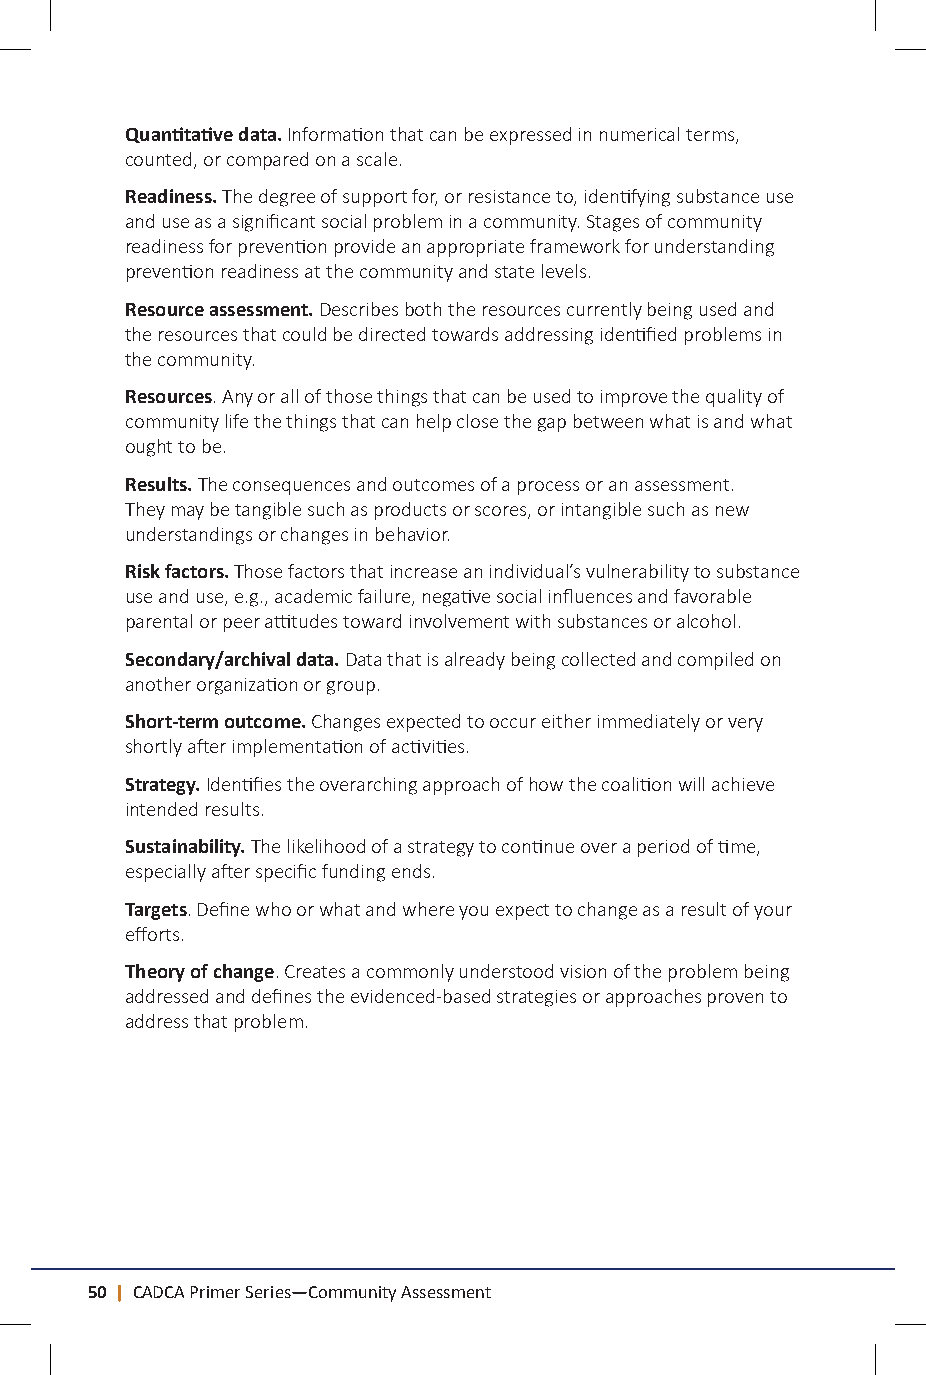
Quantitative data. Information that can be expressed in numerical terms,
 counted, or compared on a scale.
 Readiness. The degree of support for, or resistance to, identifying substance use
 and use as a significant social problem in a community. Stages of community
 readiness for prevention provide an appropriate framework for understanding
 prevention readiness at the community and state levels.
 Resource assessment. Describes both the resources currently being used and
 the resources that could be directed towards addressing identified problems in
 the community.
 Resources. Any or all of those things that can be used to improve the quality of
 community life the things that can help close the gap between what is and what
 ought to be.
 Results. The consequences and outcomes of a process or an assessment.
 They may be tangible such as products or scores, or intangible such as new
 understandings or changes in behavior.
 Risk factors. Those factors that increase an individual’s vulnerability to substance
 use and use, e.g., academic failure, negative social influences and favorable
 parental or peer attitudes toward involvement with substances or alcohol.
 Secondary/archival data. Data that is already being collected and compiled on
 another organization or group.
 Short-term outcome. Changes expected to occur either immediately or very
 shortly after implementation of activities.
 Strategy. Identifies the overarching approach of how the coalition will achieve
 intended results.
 Sustainability. The likelihood of a strategy to continue over a period of time,
 especially after specific funding ends.
 Targets. Define who or what and where you expect to change as a result of your
 efforts.
 Theory of change. Creates a commonly understood vision of the problem being
 addressed and defines the evidenced-based strategies or approaches proven to
 address that problem.
 50 | CADCA Primer Series—Community Assessment                                CADCA Primer Series—Community Assessment | 51